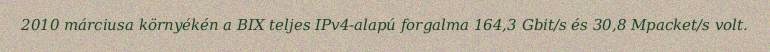
2010 márciusa környékén a BIX teljes IPv4-alapú forgalma 164,3 Gbit/s és 30,8 Mpacket/s volt.